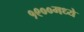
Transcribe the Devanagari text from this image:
१९००मध्ये